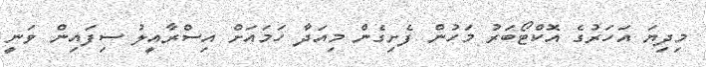
މިދިޔަ އަހަރުގެ އޮކްޓޯބަރު މަހުން ފެށިގެން މިއަދާ ހަމައަށް އިސްރާއީލު ސިފައިން ވަނީ